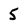
Character: 5